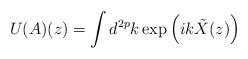
\begin{align*}U(A)(z)=\int d^{2p} k \exp \left(i k \tilde{X}(z)\right) \end{align*}